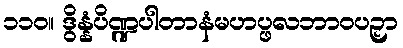
၁၁၀။ ဒွိန္နံပိဏ္ဍပါတာနံမဟပ္ဖလဘာဝပဉှာ